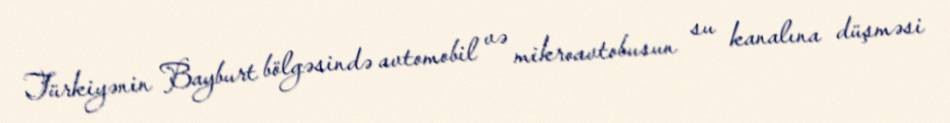
Türkiyənin Bayburt bölgəsində avtomobil və mikroavtobusun su kanalına düşməsi